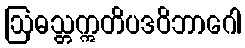
ဩဓသ္တဣတိပဒဝိဘာဂေါ